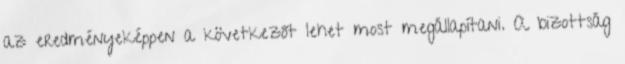
az eredményeképpen a következőt lehet most megállapítani. A bizottság